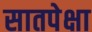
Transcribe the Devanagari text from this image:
सातपेक्षा